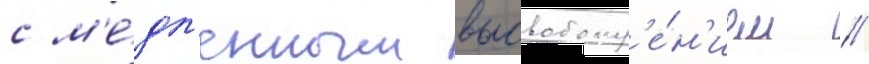
с м'е́дл'енным высвобожд'е́н'ием //